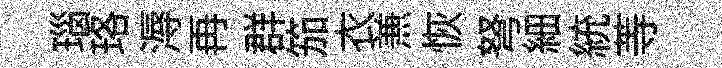
瑙珞溽再群笳衣𠔥恢弩細統䓁